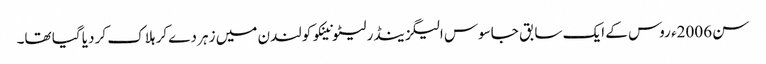
سن 2006ء روس کے ایک سابق جاسوس الیگزینڈر لیٹونینکو کو لندن میں زہر دے کر ہلاک کر دیا گیا تھا۔